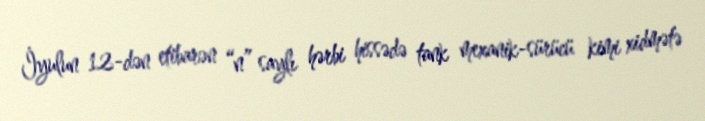
İyulun 12-dən etibarən “n” saylı hərbi hissədə tank mexanik-sürücü kimi xidmətə